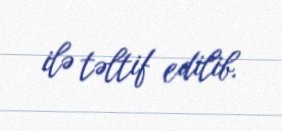
ilə təltif edilib.